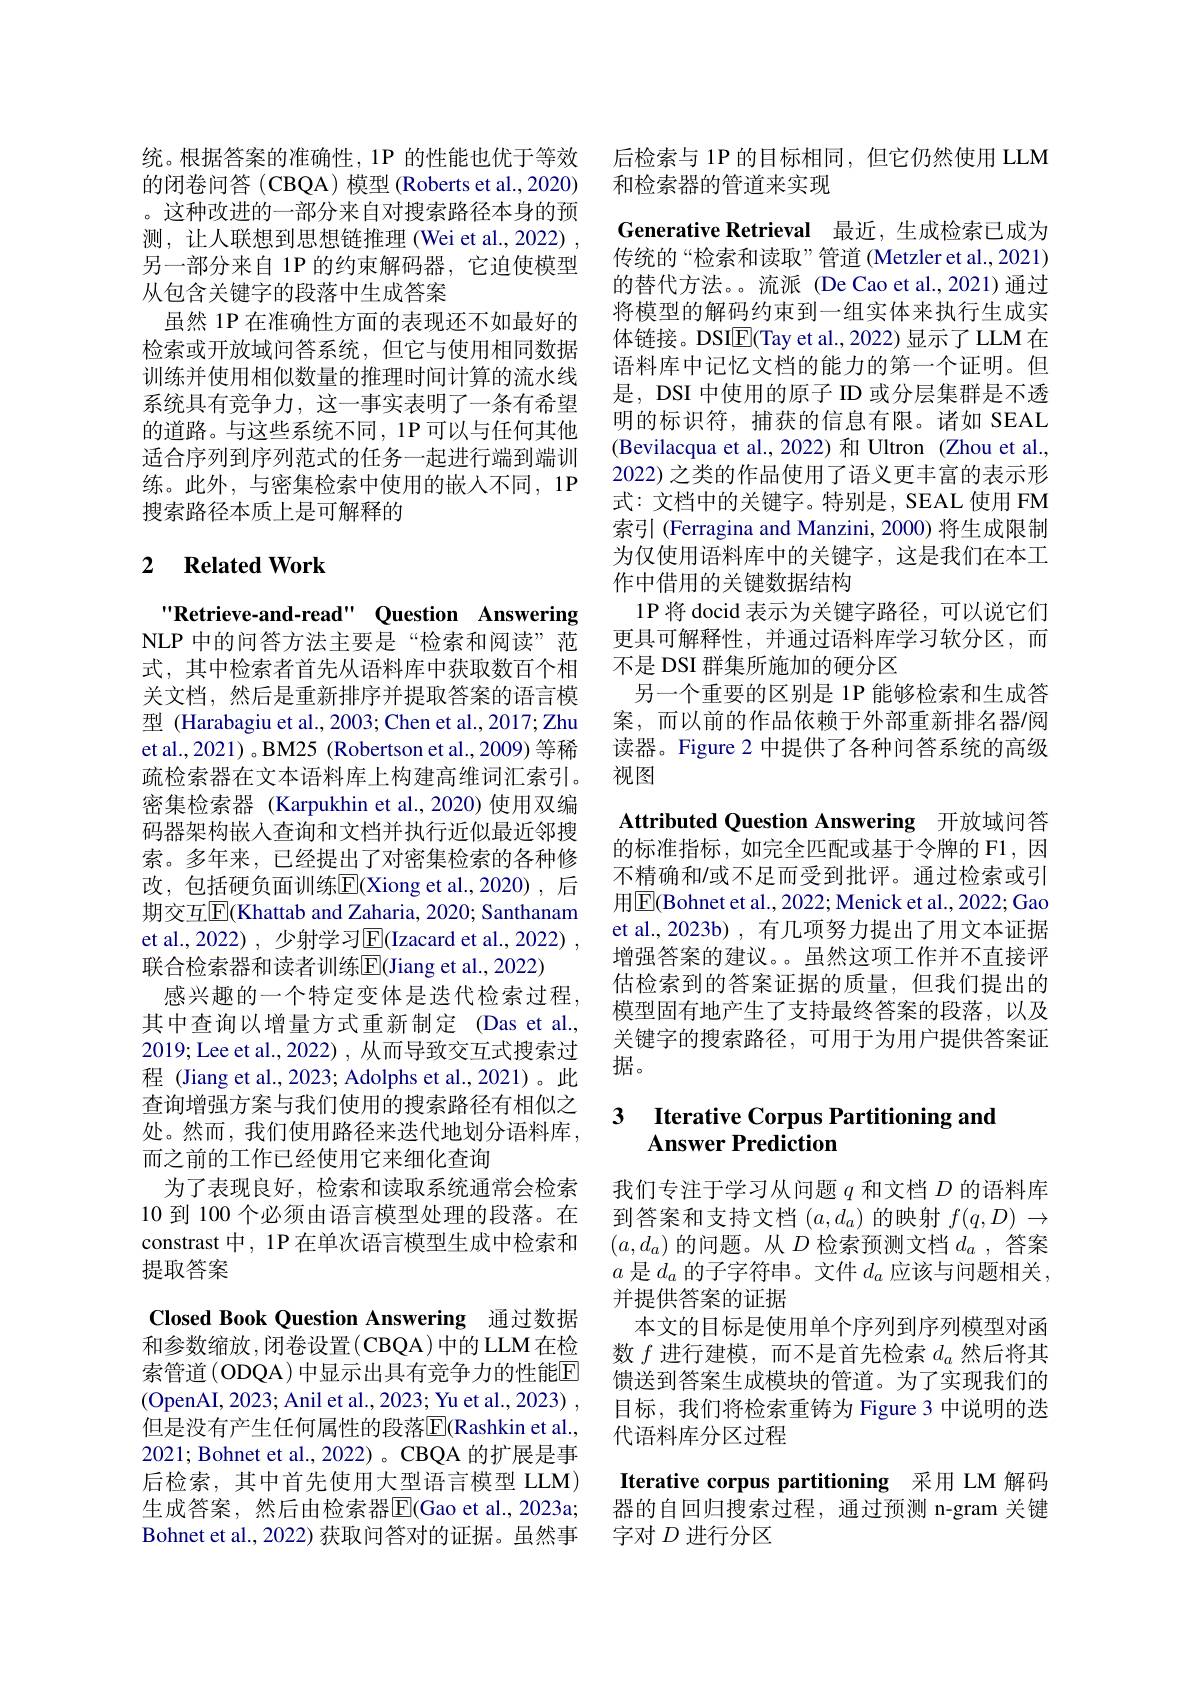
统。根据答案的准确性，1P 的性能也优于等效的闭卷问答 (CBQA) 模型 (Roberts et al., 2020) 。这种改进的一部分来自对搜索路径本身的预测，让人联想到思想链推理 (Wei et al., 2022) , 另一部分来自 1P 的约束解码器，它迫使模型从包含关键字的段落中生成答案
虽然 1P 在准确性方面的表现还不如最好的检索或开放域问答系统，但它与使用相同数据训练并使用相似数量的推理时间计算的流水线系统具有竞争力，这一事实表明了一条有希望的道路。与这些系统不同，1P 可以与任何其他适合序列到序列范式的任务一起进行端到端训练。此外，与密集检索中使用的嵌人不同，1P 搜索路径本质上是可解释的

### 2 $\textbf{Related Work}$

Retrieve-and-read" Question Answering NLP 中的问答方法主要是“检索和阅读”范式，其中检索者首先从语料库中获取数百个相关文档，然后是重新排序并提取答案的语言模型 (Harabagiu et al., 2003; Chen et al., 2017; Zhu et al., 2021) 。B M25 ( Robertson et al., 2009) 等稀疏检索器在文本语料库上构建高维词汇索引。密集检索器 (Karpukhin et al.,2020) 使用双编码器架构嵌入查询和文档并执行近似最近邻搜索。多年来，已经提出了对密集检索的各种修改，包括硬负面训练E$( Xiong et al. , 2020) , $后期交互$\overline{\mathrm{E}}($Khattab and Zaharia, 2020; Santhanam et al.,2022) ,少射学习$\overline{\mathrm{E}}($Izacard et al.,2022) , 联合检索器和读者训练$\overline{\mathrm{E}}($Jiang et al., 2022)
感兴趣的一个特定变体是迭代检索过程， 其中查询以增量方式重新制定 (Das et al., 2019; Lee et al., 2022) , 从而导致交互式搜索过程 (Jiang et al., 2023; Adolphs et al.,2021)。此查询增强方案与我们使用的搜索路径有相似之处。然而，我们使用路径来迭代地划分语料库， 而之前的工作已经使用它来细化查询
为了表现良好，检索和读取系统通常会检索10 到 100 个必须由语言模型处理的段落。在constrast 中，1P 在单次语言模型生成中检索和提取答案

Closed Book Question Answering 通过数据和参数缩放，闭卷设置(CBQA)中的LLM在检索管道 (ODQA) 中显示出具有竞争力的性能$\mathbb{E}$ (OpenAI, 2023; Anil et al., 2023; Yu et al., 2023) , 但是没有产生任何属性的段落$\overline{\mathrm{E}}($Rashkin et al., 2021; Bohnet et al., 2022) 。CBQA 的扩展是事后检索，其中首先使用大型语言模型 LLM) 生成答案，然后由检索器$\overline{\mathrm{E}}($Gao et al.,2023a; Bohnet et al., 2022) 获取问答对的证据。虽然事

后检索与 1P 的目标相同，但它仍然使用 LLM
和检索器的管道来实现
Generative Retrieval 最近，生成检索已成为传统的“检索和读取”管道(Metzler et al., 2021) 的替代方法。。流派(De Cao et al.,2021)通过将模型的解码约束到一组实体来执行生成实体链接。DSIE(Tay et al., 2022) 显示了 LLM 在语料库中记忆文档的能力的第一个证明。但是，DSI 中使用的原子 ID 或分层集群是不透明的标识符，捕获的信息有限。诸如 SEAL (Bevilacqua et al.,2022)和 Ultron (Zhou et al., 2022) 之类的作品使用了语义更丰富的表示形式：文档中的关键字。特别是，SEAL 使用 FM 索引 (Ferragina and Manzini, 2000) 将生成限制为仅使用语料库中的关键字，这是我们在本工作中借用的关键数据结构
1P 将 docid 表示为关键字路径，可以说它们更具可解释性，并通过语料库学习软分区，而不是 DSI 群集所施加的硬分区
另一个重要的区别是 1P 能够检索和生成答案，而以前的作品依赖于外部重新排名器/阅读器。Figure 2 中提供了各种问答系统的高级视图
Attributed Question Answering 开放域问答的标准指标，如完全匹配或基于令牌的 F1,因不精确和/或不足而受到批评。通过检索或引用$\boxed{\mathrm{F}}($Bohnet et al., 2022; Menick et al., 2022; Gao et al., 2023b) , 有几项努力提出了用文本证据增强答案的建议。虽然这项工作并不直接评估检索到的答案证据的质量，但我们提出的模型固有地产生了支持最终答案的段落，以及关键字的搜索路径，可用于为用户提供答案证据。

## 3 $\textbf{Iterative Corpus Partitioning and}$ $\mathbf{Answer~Prediction}$

我们专注于学习从问题$q$和文档$D$的语料库到答案和支持文档$(a,d_a)$的映射$f(q,D)\to$ $(a,d_a)$的问题。从$D$检索预测文档$d_a$ ,答案$a$是$d_a$的子字符串。文件$d_a$应该与问题相关， 并提供答案的证据
本文的目标是使用单个序列到序列模型对函数$f$进行建模，而不是首先检索$d_a$然后将其馈送到答案生成模块的管道。为了实现我们的目标，我们将检索重铸为 Figure 3 中说明的迭代语料库分区过程
Iterative corpus partitioning 采用 LM 解码器的自回归搜索过程，通过预测 n-gram 关键

字对$D$进行分区